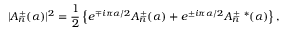
| A _ { n } ^ { \pm } ( \alpha ) | ^ { 2 } = { \frac { 1 } { 2 } } \left\{ e ^ { \mp i \pi \alpha / 2 } A _ { n } ^ { \pm } ( \alpha ) + e ^ { \pm i \pi \alpha / 2 } A _ { n } ^ { \pm \ * } ( \alpha ) \right\} ,